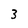
Character: 3